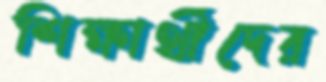
শিক্ষার্থীদের